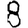
Digit: 8